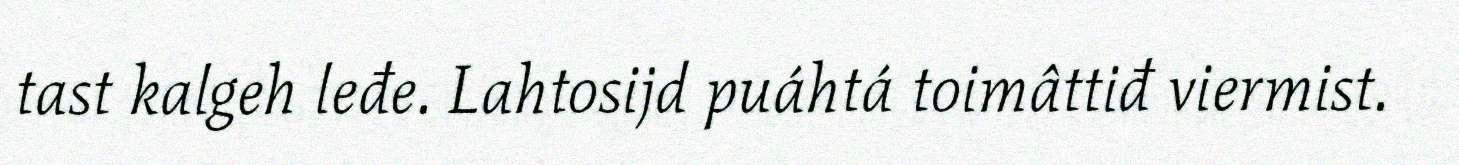
tast kalgeh leđe. Lahtosijd puáhtá toimâttiđ viermist.